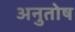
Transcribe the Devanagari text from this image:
अनुुतोष